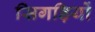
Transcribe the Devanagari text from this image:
सिगड़ियों